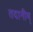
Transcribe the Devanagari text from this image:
तदानीम्